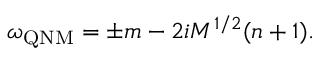
\omega _ { \mathrm { Q N M } } = \pm m - 2 i M ^ { 1 / 2 } ( n + 1 ) .